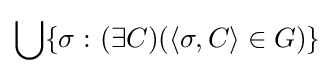
\bigcup \{\sigma \,\colon (\exists C)(\langle \sigma ,C\rangle \in G)\}